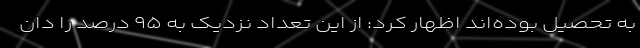
به تحصیل بوده‌اند اظهار کرد: از این تعداد نزدیک به ۹۵ درصد را دان